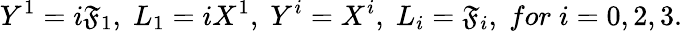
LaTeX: Y^{1}=i\mathfrak{F}_{1},\; L_{1}=iX^{1},\; Y^{i}=X^{i},\; L_{i}=\mathfrak{F}_{i},\; for\; i=0,2,3.